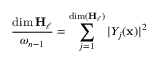
{ \frac { \dim \mathbf { H } _ { \ell } } { \omega _ { n - 1 } } } = \sum _ { j = 1 } ^ { \dim ( \mathbf { H } _ { \ell } ) } | Y _ { j } ( { \mathbf { x } } ) | ^ { 2 }